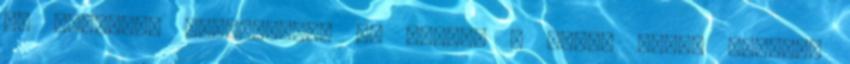
az Egyesült Királyságot és legyen a Lorne Hotel Glasgow